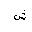
Letter: _shin